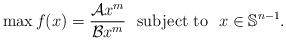
LaTeX: \begin{align*}\max f(x)=\frac{\mathcal{A}x^m}{\mathcal{B}x^m} \ \ \mbox{subject to} \ \ x \in \mathbb{S}^{n-1}.\end{align*}